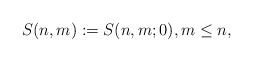
LaTeX: \begin{align*} S(n,m):=S(n,m;0),m\leq n,\end{align*}